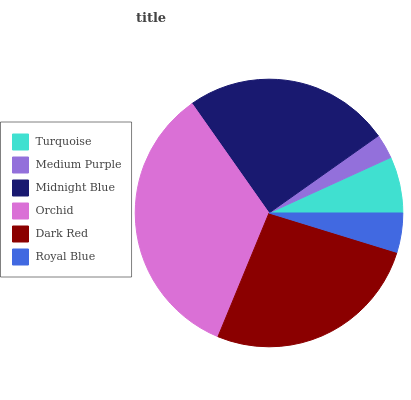
| Turquoise | Medium Purple | Midnight Blue | Orchid | Dark Red | Royal Blue |
 | --- | --- | --- | --- | --- | --- |
 | 6.81% | 2.98% | 25% | 34.1% | 26.4% | 4.76% |